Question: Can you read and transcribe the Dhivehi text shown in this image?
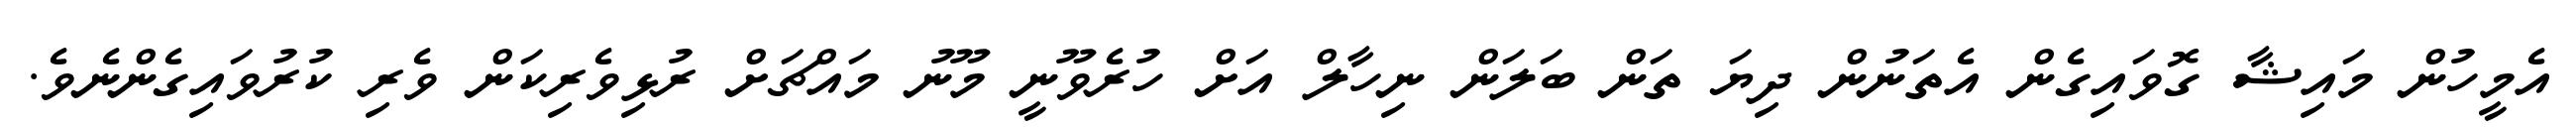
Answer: އެމީހުން މައިޝާ ގޮވައިގެން އެތަނުން ދިޔަ ތަން ބަލަން ނިހާލް އަށް ހުރެވޫނީ މޫނު މައްޗަށް ރުޅިވެރިކަން ވެރި ކުރުވައިގެންނެވެ.